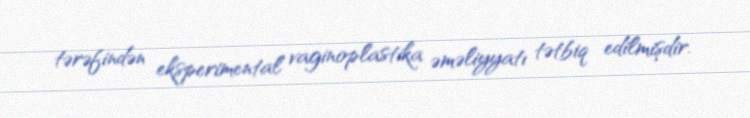
tərəfindən eksperimental vaginoplastika əməliyyatı tətbiq edilmişdir.